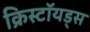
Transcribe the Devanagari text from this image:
क्रिस्टॉयड्स